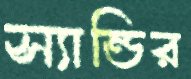
স্যান্ডির